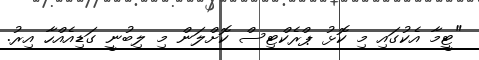
"ޓީމާ އެކުގައި މި ކޮޅު ޕްރެކްޓިސް ކޮށްލަން މި ލިބުނީ ގަޑިއެއްހާ އިރު.